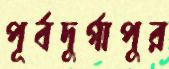
পূর্বদুর্গাপুর